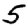
Digit: 5